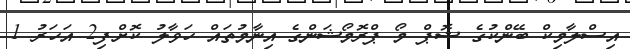
އިސްލާމިކް ބޭންކުގެ ޝޮޕް މޯ ޕްރޮމޯޝަންގެ އިނާމުތައް ހަވާލު ކޮށްފި2 އަހަރު 1